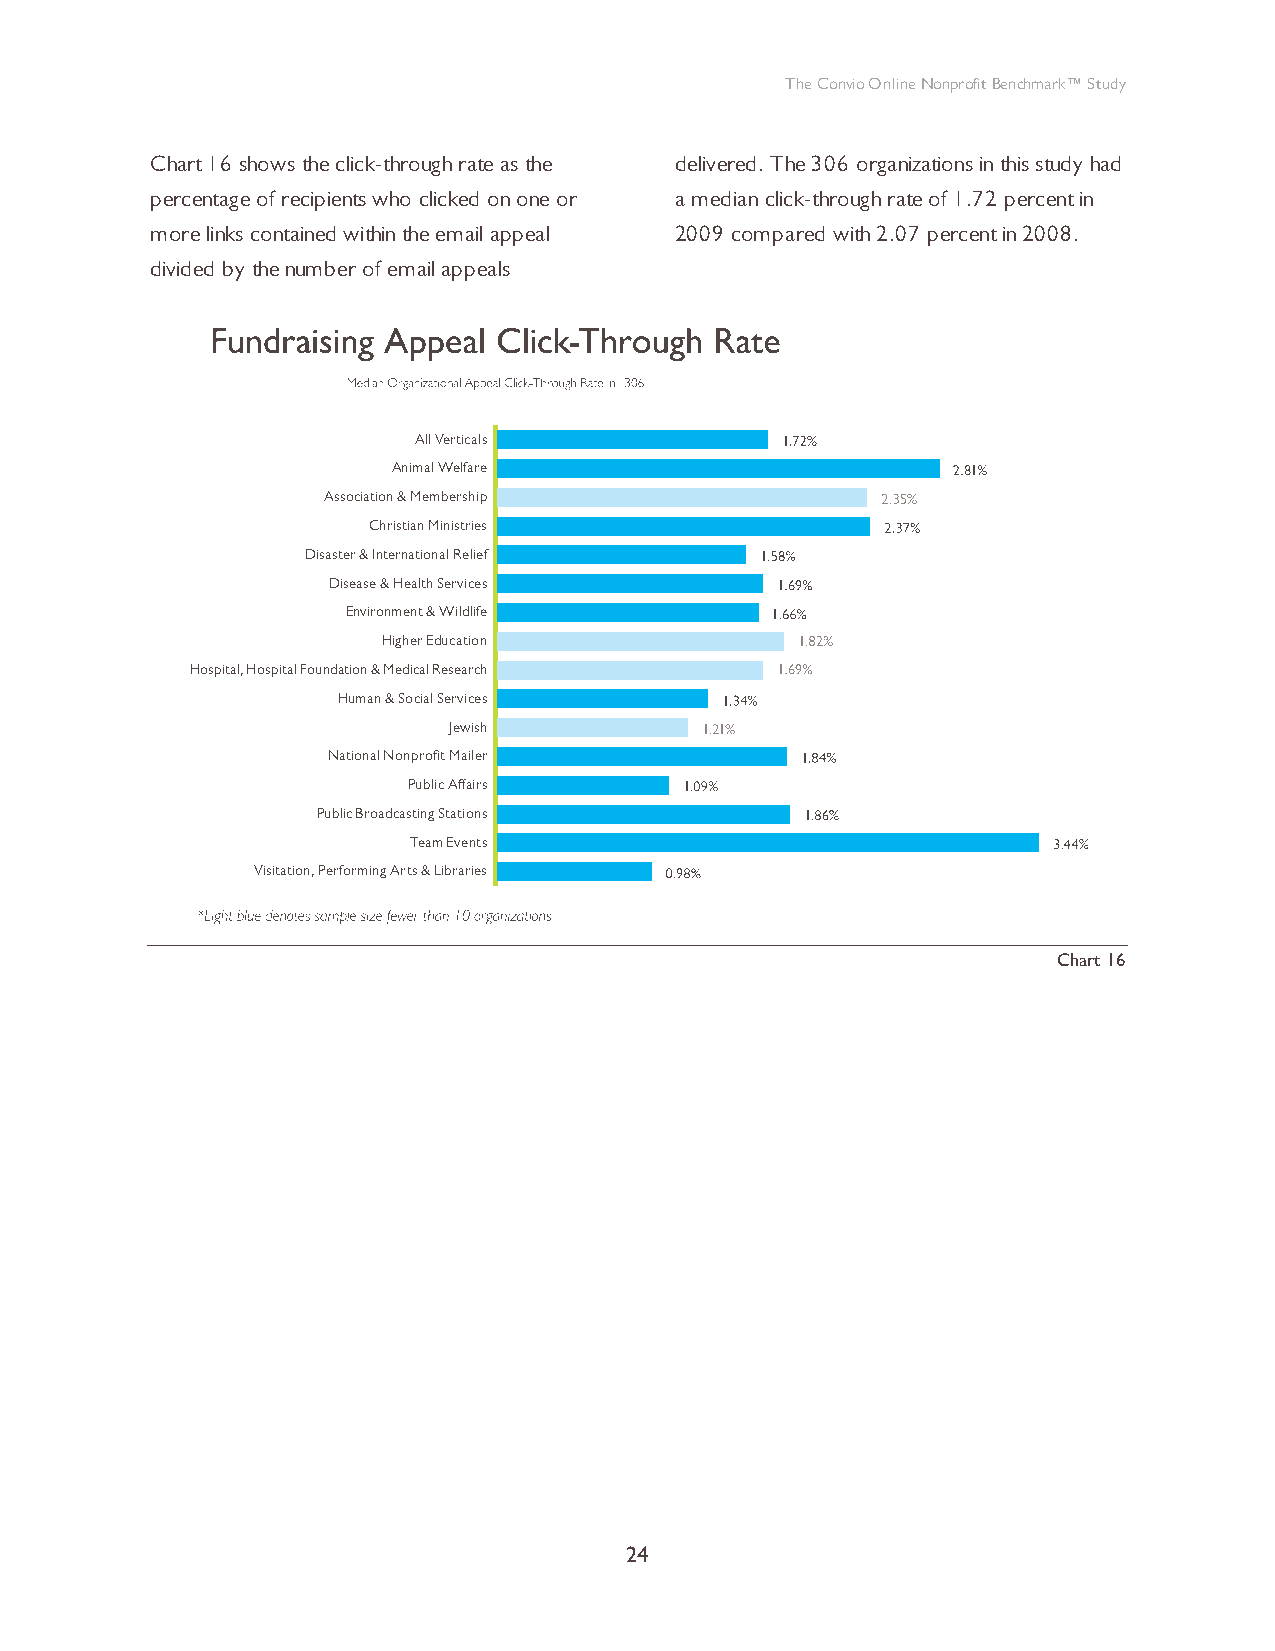
The Convio Online Nonprofit Benchmark™ Study
 Chart 16 shows the click-through rate as the delivered. The 306 organizations in this study had
 percentage of recipients who clicked on one or a median click-through rate of 1.72 percent in
 more links contained within the email appeal 2009 compared with 2.07 percent in 2008.
 divided by the number of email appeals
 All Verticals
 Animal Welfare
 Association & Membership
 Christian Ministries
 Disaster & International Relief
 Disease & Health Services
 Environment & Wildlife
 Higher Education
 Hospital, Hospital Foundation & Medical Research
 Human & Social Services
 Jewish
 National Nonprofit Mailer
 Public Affairs
 Public Broadcasting Stations
 Team Events
 Visitation, Performing Arts & Libraries
 0.0  0.5   1.0  1.5  2.0  2.5  3.0   3.5
 Chart 16
 24